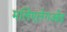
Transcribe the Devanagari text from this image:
मलिएलेगओइ